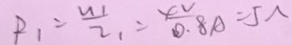
P _ { 1 } = \frac { u 1 } { 2 _ { 1 } } = \frac { 4 v } { 0 . 8 A } = 5 \Lambda